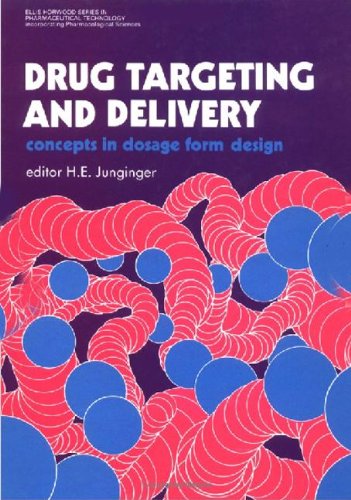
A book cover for Drug Targeting And Delivery: Concepts In Dosage Form Design (Ellis Horwood Series in Pharmacological Sciences); Medical Books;